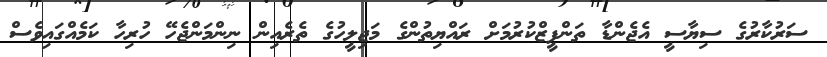
ސަރުކާރުގެ ސިޔާސީ އެޖެންޑާ ތަންފީޒްކުރުމަށް ރައްޔިތުންގެ މަޖިލީހުގެ ތެރެއިން ނިންމަންޖެހޭ ހުރިހާ ކަމެއްގައިވެސް